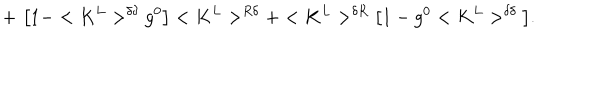
LaTeX: + \, \, \big [ 1 - < K ^ { L } > ^ { \delta \delta } g ^ { 0 } \big ] < K ^ { L } > ^ { R \delta } + < K ^ { L } > ^ { \delta R } \big [ 1 - g ^ { 0 } < K ^ { L } > ^ { \delta \delta } \big ] .